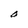
Character: O